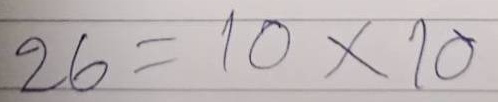
26 = 10x10